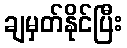
ချမှတ်နိုင်ပြီး